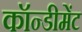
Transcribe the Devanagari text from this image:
कॉन्डीमेंट